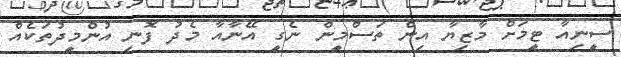
ސީނިއާ ޓީމަށް މާޒިޔާ އިން ތަސްމީން ނެގީ އޭނާއާ މެދު ފޮނި އުންމީދުތަކެއް